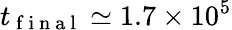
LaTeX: t_{\mathrm{~f~i~n~a~l~}}\simeq 1.7\times 10^{5}